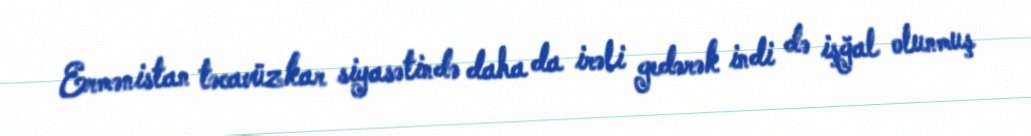
Ermənistan təcavüzkar siyasətində daha da irəli gedərək indi də işğal olunmuş